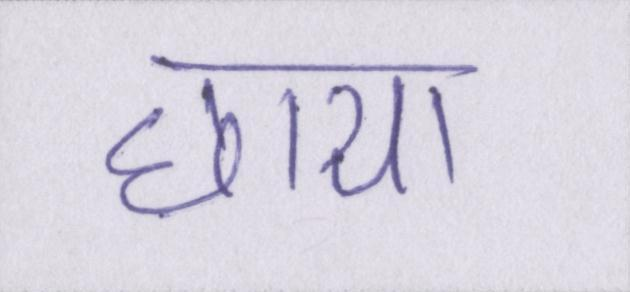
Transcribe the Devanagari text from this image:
छाया